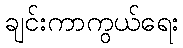
ချင်းကာကွယ်ရေး